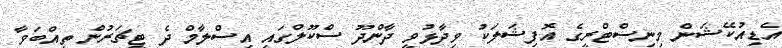
އެޑިއުކޭޝަން މިނިސްޓްރީގެ އޮފިޝަލަކު ވިދާޅުވީ ދާންދޫ ސްކޫލްގައި އިސްލާމް ދެ ޓީޗަރުން ތިއްބަވާ